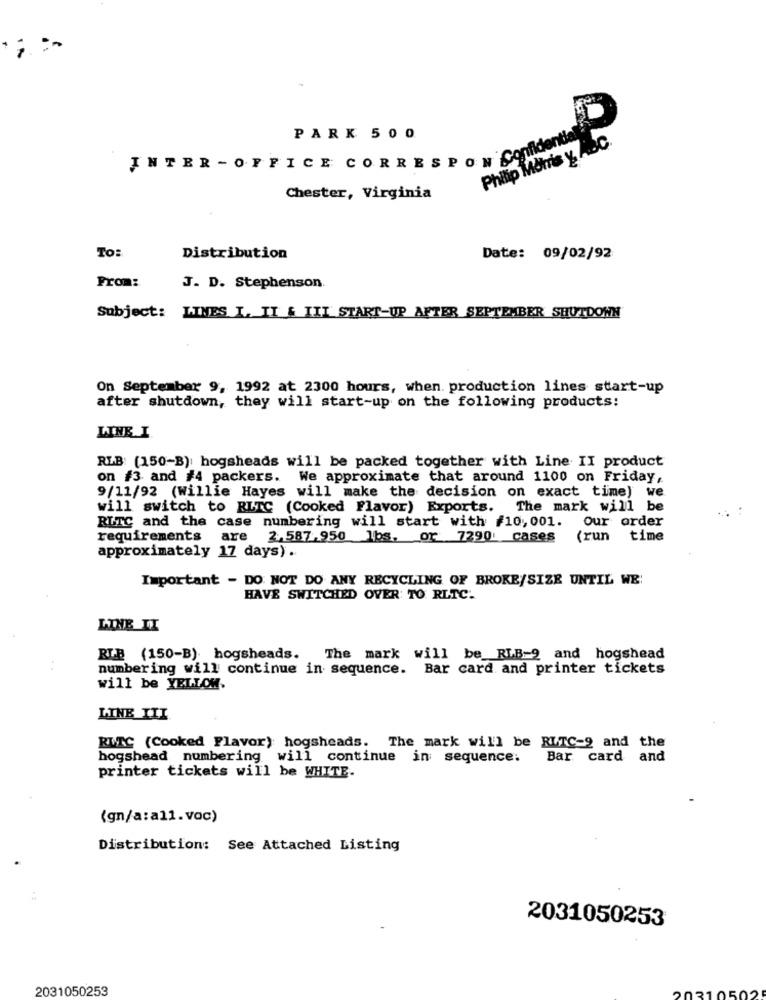
PARK 500
Philip Morris y ABC.
INTER -OFFICE CORRESPON Confidenta
Chester, Virginia
To:
Distribution
Date: 09/02/92
From:
J. D. Stephenson.
Subject: LINES I. II & III START-UP AFTER SEPTEMBER SHUTDOWN
On September 9, 1992 at 2300 hours, when. production lines start-up
after shutdown, they will start-up on the following products:
LINE I
RLB: (150-B): hogsheads will be packed together with Line II product
on #3 and #4 packers. We approximate that around 1100 on Friday,
9/11/92 (Willie Hayes will make the decision on exact time) we
will switch to RLTC (Cooked Flavor) Exports. The mark will be
RLTC and the case numbering will start with #10,001. Our order
requirements
are
2.587.950 lbs. or 7290: cases
(run time
approximately 17 days).
Important - DO NOT DO ANY RECYCLING OF BROKE/SIZE UNTIL WE:
HAVE SWITCHED OVER TO RLTC.
LINE IT
RLB (150-B) hogsheads.
The mark will be RLB-9 and hogshead
numbering will continue in sequence. Bar card and printer tickets
will be YELLOH.
LINE III
RUTC (Cooked Flavor) hogsheads. The mark will be RUTC-9 and the
hogshead numbering will continue in sequence:
Bar card and
printer tickets will be WHITE.
(gn/a:a11.voc)
Distribution: See Attached Listing
2031050253
2031050253
2031